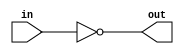
module coreir_not #(
    parameter width = 1
) (
    input [width-1:0] in,
    output [width-1:0] out
);
  assign out = ~in;
endmodule

module coreir_add #(
    parameter width = 1
) (
    input [width-1:0] in0,
    input [width-1:0] in1,
    output [width-1:0] out
);
  assign out = in0 + in1;
endmodule

module corebit_not (
    input in,
    output out
);
  assign out = ~in;
endmodule

module corebit_const #(
    parameter value = 1
) (
    output out
);
  assign out = value;
endmodule

module Add4_cout_cin (
    input [3:0] I0,
    input [3:0] I1,
    output [3:0] O,
    output COUT,
    input CIN
);
wire bit_const_0_None_out;
wire [4:0] coreir_add5_inst0_out;
wire [4:0] coreir_add5_inst1_out;
corebit_const #(
    .value(1'b0)
) bit_const_0_None (
    .out(bit_const_0_None_out)
);
wire [4:0] coreir_add5_inst0_in1;
assign coreir_add5_inst0_in1 = {bit_const_0_None_out,I1};
coreir_add #(
    .width(5)
) coreir_add5_inst0 (
    .in0(coreir_add5_inst1_out),
    .in1(coreir_add5_inst0_in1),
    .out(coreir_add5_inst0_out)
);
wire [4:0] coreir_add5_inst1_in0;
assign coreir_add5_inst1_in0 = {bit_const_0_None_out,bit_const_0_None_out,bit_const_0_None_out,bit_const_0_None_out,CIN};
wire [4:0] coreir_add5_inst1_in1;
assign coreir_add5_inst1_in1 = {bit_const_0_None_out,I0};
coreir_add #(
    .width(5)
) coreir_add5_inst1 (
    .in0(coreir_add5_inst1_in0),
    .in1(coreir_add5_inst1_in1),
    .out(coreir_add5_inst1_out)
);
assign O = coreir_add5_inst0_out[3:0];
assign COUT = coreir_add5_inst0_out[4];
endmodule

module Sub4_cout_cin (
    input [3:0] I0,
    input [3:0] I1,
    output [3:0] O,
    output COUT,
    input CIN
);
wire [3:0] Add4_cout_cin_inst0_O;
wire Add4_cout_cin_inst0_COUT;
wire [3:0] Invert4_inst0_out;
wire not_inst0_out;
Add4_cout_cin Add4_cout_cin_inst0 (
    .I0(I0),
    .I1(Invert4_inst0_out),
    .O(Add4_cout_cin_inst0_O),
    .COUT(Add4_cout_cin_inst0_COUT),
    .CIN(not_inst0_out)
);
coreir_not #(
    .width(4)
) Invert4_inst0 (
    .in(I1),
    .out(Invert4_inst0_out)
);
corebit_not not_inst0 (
    .in(CIN),
    .out(not_inst0_out)
);
assign O = Add4_cout_cin_inst0_O;
assign COUT = Add4_cout_cin_inst0_COUT;
endmodule